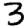
Digit: 3